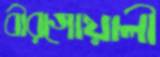
বীরগোয়ালী